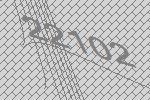
22102